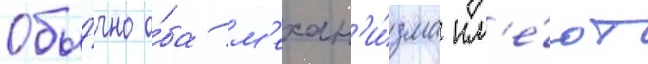
Обы́чно о́ба м'ехан'и́зма им'е́ют